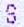
S